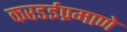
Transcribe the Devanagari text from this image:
करडईप्रमाणे